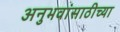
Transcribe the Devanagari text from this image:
अनुभवांसाठीच्या